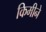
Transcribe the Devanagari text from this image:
किमीने